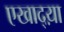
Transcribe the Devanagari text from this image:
एखाद्य़ा